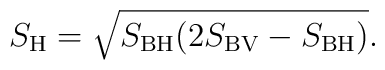
S_{\rm H}=\sqrt{S_{\rm BH}(2S_{\rm BV}-S_{\rm BH})}.